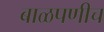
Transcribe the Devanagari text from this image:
बाळपणीच